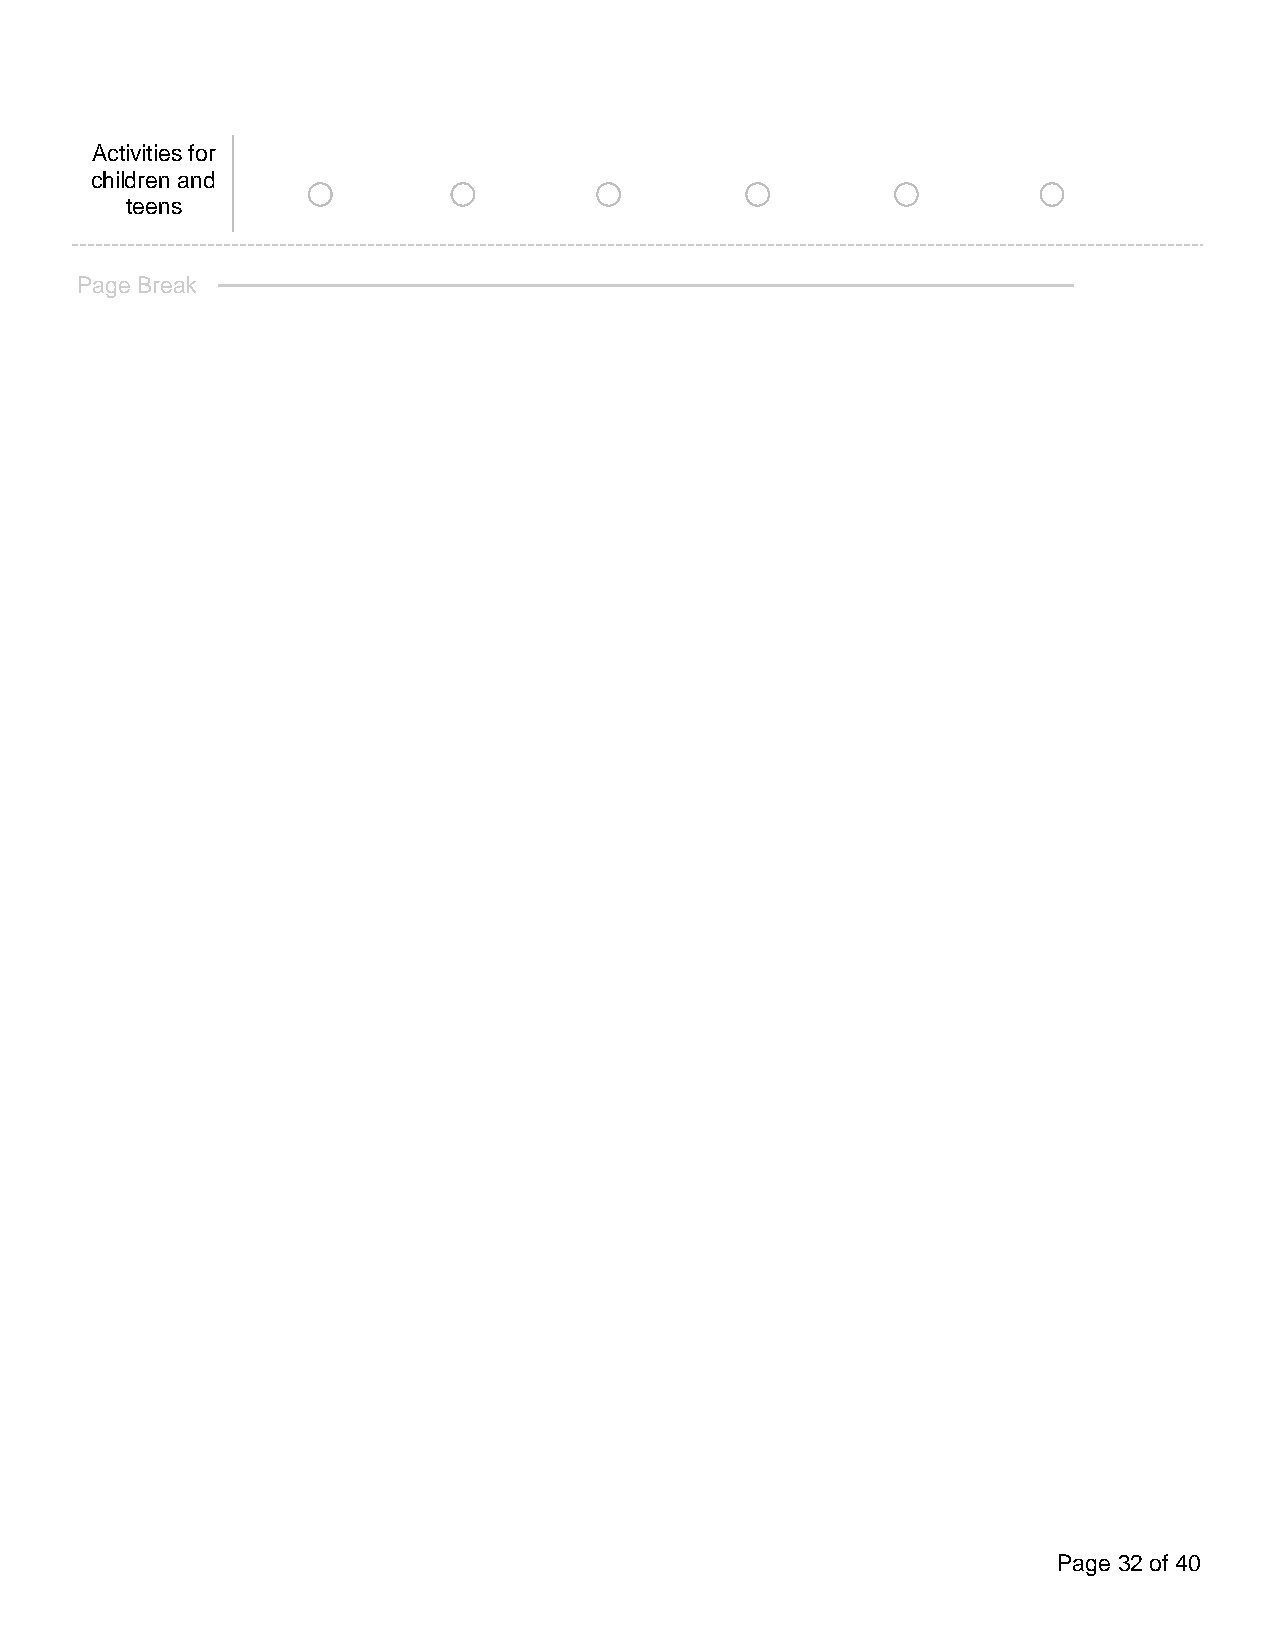
Activities for
 o         o        o         o         o         o
 children and
 teens
 Page Break
 Page 32 of 40